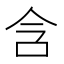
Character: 含